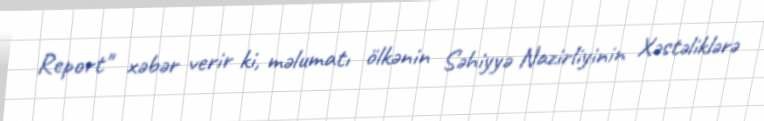
Report" xəbər verir ki, məlumatı ölkənin Səhiyyə Nazirliyinin Xəstəliklərə